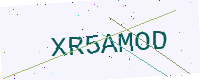
Text: XR5AMOD